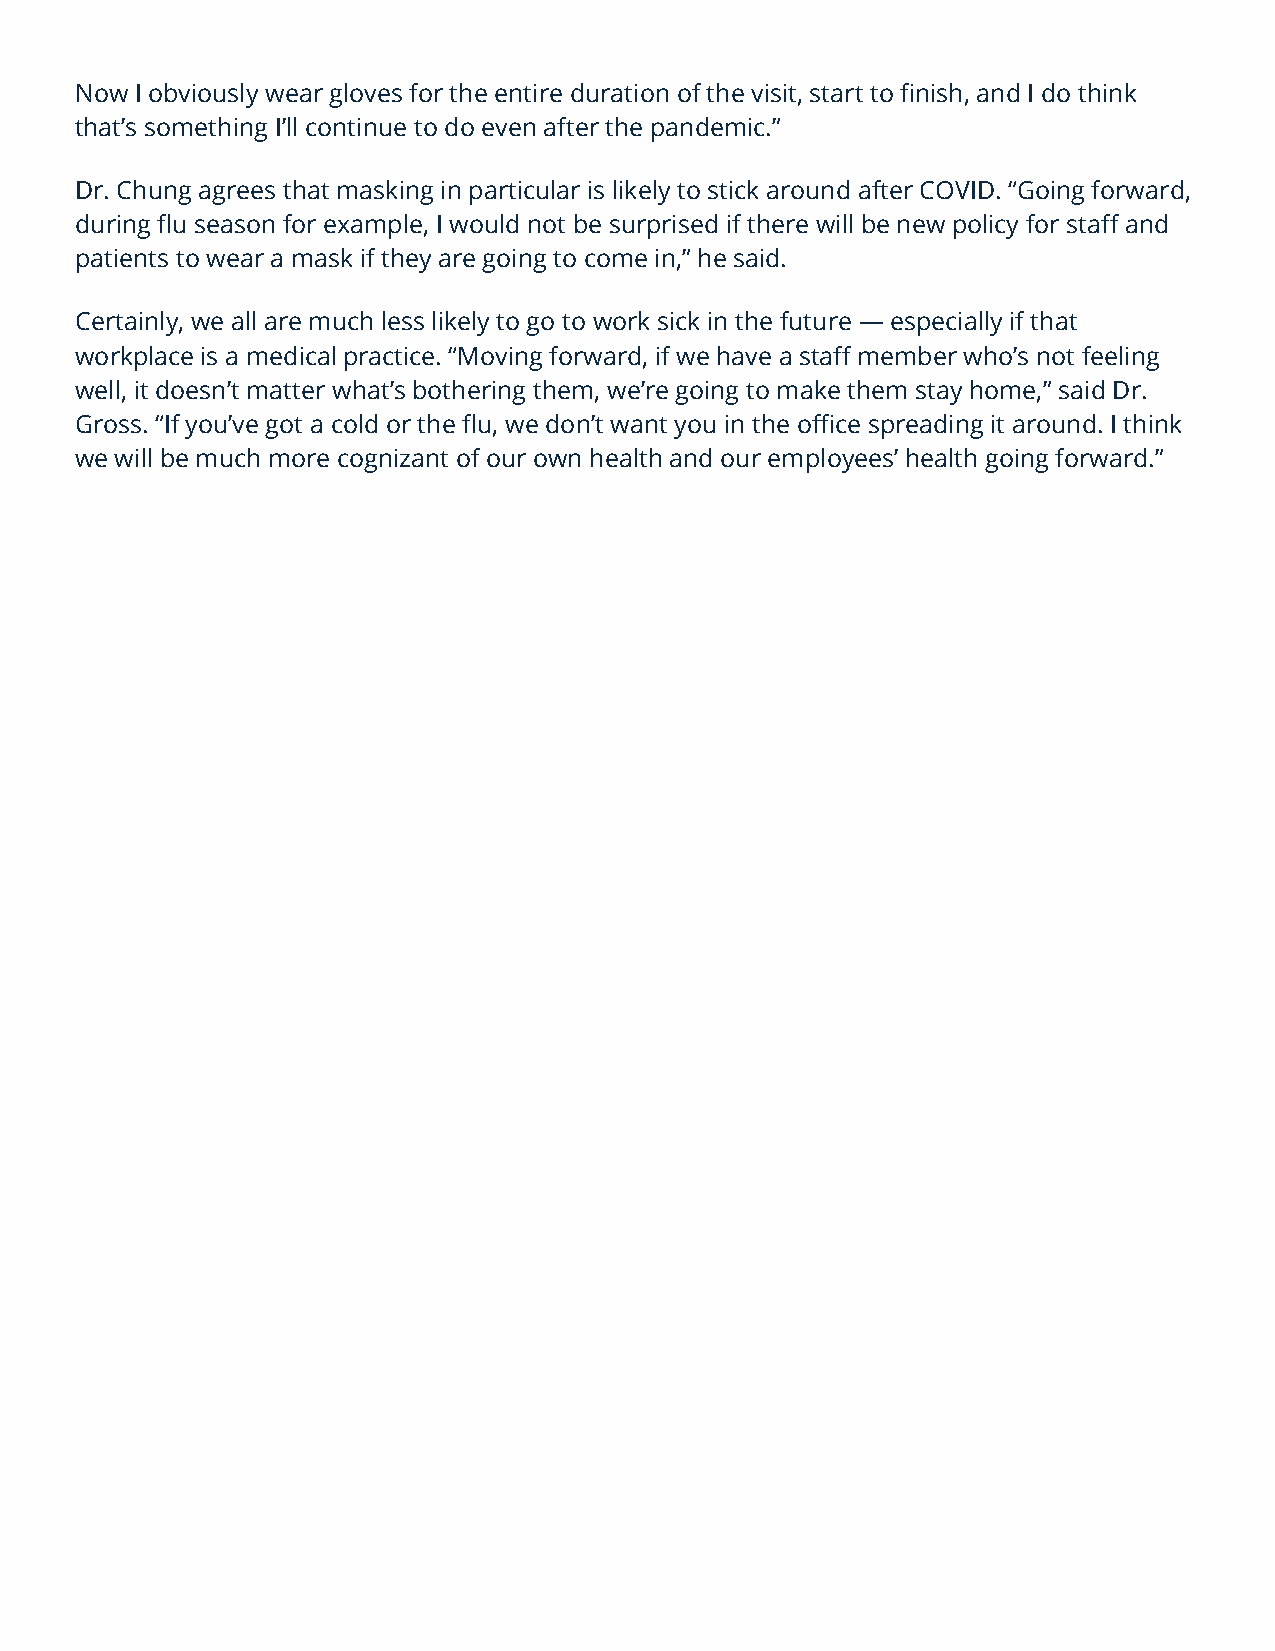
Now I obviously wear gloves for the entire duration of the visit, start to finish, and I do think
 that’s something I’ll continue to do even after the pandemic.”
 Dr. Chung agrees that masking in particular is likely to stick around after COVID. “Going forward,
 during flu season for example, I would not be surprised if there will be new policy for staff and
 patients to wear a mask if they are going to come in,” he said.
 Certainly, we all are much less likely to go to work sick in the future — especially if that
 workplace is a medical practice. “Moving forward, if we have a staff member who’s not feeling
 well, it doesn’t matter what’s bothering them, we’re going to make them stay home,” said Dr.
 Gross. “If you’ve got a cold or the flu, we don’t want you in the office spreading it around. I think
 we will be much more cognizant of our own health and our employees’ health going forward.”